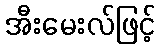
အီးမေးလ်ဖြင့်